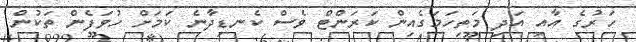
ހަރުގެ އާއި އަދި މަތިހަމަގެއިން ކަރަންޓް ވެސް ކެނޑިދާނެ ކަމަށް ހުވަފެން ތަކުން